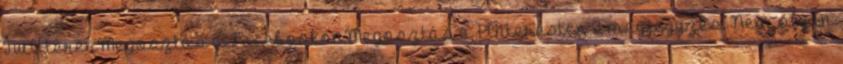
TwitterenMegosztás a FacebookonMegosztás a Pinteresten 2 megjegyzés: Nem olyan